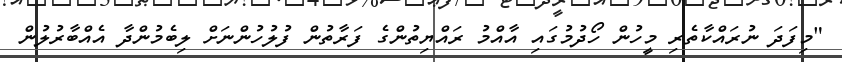
"މިފަދަ ނުރައްކާތެރި މީހުން ހޯދުމުގައި އާއްމު ރައްޔިތުންގެ ފަރާތުން ފުލުހުންނަށް ލިބެމުންދާ އެއްބާރުލުން